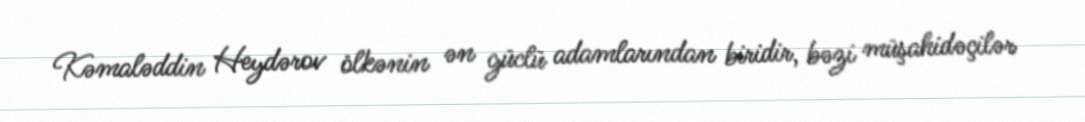
Kəmaləddin Heydərov ölkənin ən güclü adamlarından biridir, bəzi müşahidəçilər